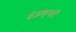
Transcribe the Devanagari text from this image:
हेइक्की